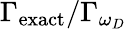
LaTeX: \Gamma_{\mathrm{exact}}/\Gamma_{\omega_{D}}